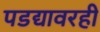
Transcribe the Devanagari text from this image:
पडद्यावरही